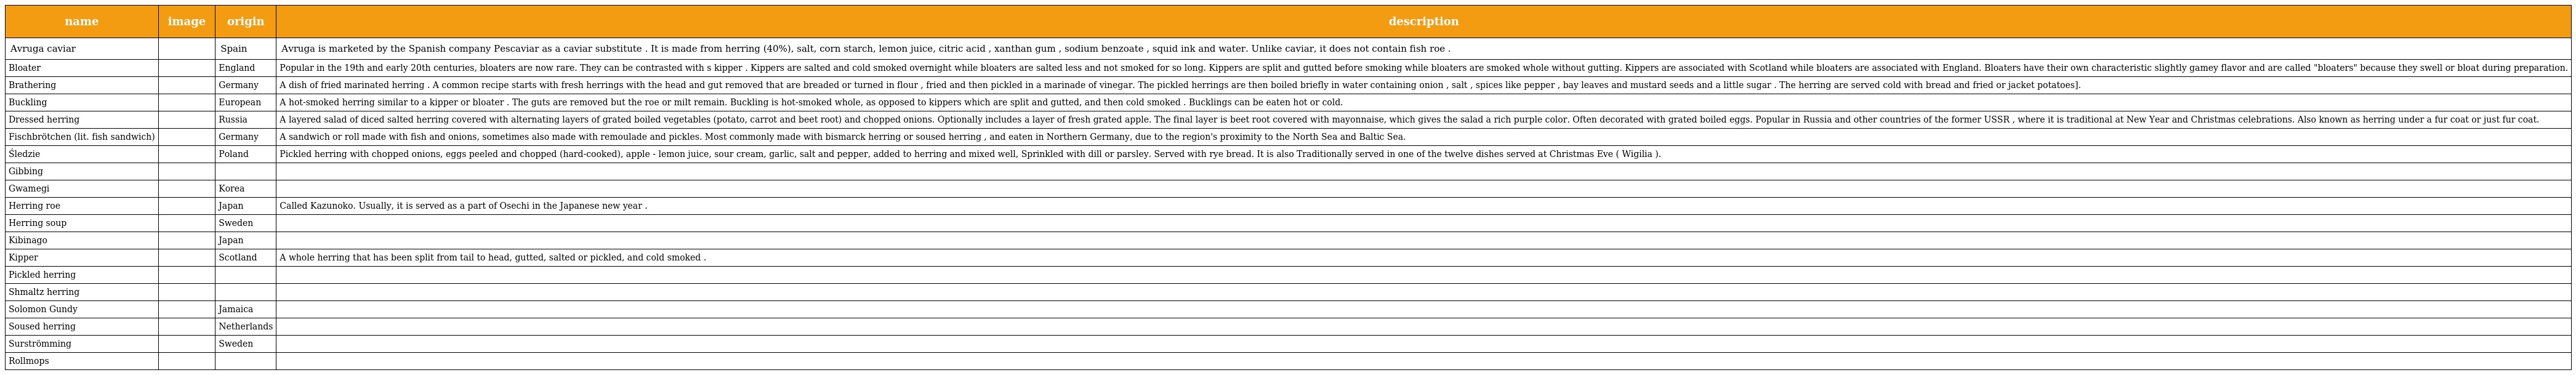
| name | image | origin | description |
 | --- | --- | --- | --- |
 | Avruga caviar |  | Spain | Avruga is marketed by the Spanish company Pescaviar as a caviar substitute . It is made from herring (40%), salt, corn starch, lemon juice, citric acid , xanthan gum , sodium benzoate , squid ink and water. Unlike caviar, it does not contain fish roe . |
 | Bloater |  | England | Popular in the 19th and early 20th centuries, bloaters are now rare. They can be contrasted with s kipper . Kippers are salted and cold smoked overnight while bloaters are salted less and not smoked for so long. Kippers are split and gutted before smoking while bloaters are smoked whole without gutting. Kippers are associated with Scotland while bloaters are associated with England. Bloaters have their own characteristic slightly gamey flavor and are called "bloaters" because they swell or bloat during preparation. |
 | Brathering |  | Germany | A dish of fried marinated herring . A common recipe starts with fresh herrings with the head and gut removed that are breaded or turned in flour , fried and then pickled in a marinade of vinegar. The pickled herrings are then boiled briefly in water containing onion , salt , spices like pepper , bay leaves and mustard seeds and a little sugar . The herring are served cold with bread and fried or jacket potatoes]. |
 | Buckling |  | European | A hot-smoked herring similar to a kipper or bloater . The guts are removed but the roe or milt remain. Buckling is hot-smoked whole, as opposed to kippers which are split and gutted, and then cold smoked . Bucklings can be eaten hot or cold. |
 | Dressed herring |  | Russia | A layered salad of diced salted herring covered with alternating layers of grated boiled vegetables (potato, carrot and beet root) and chopped onions. Optionally includes a layer of fresh grated apple. The final layer is beet root covered with mayonnaise, which gives the salad a rich purple color. Often decorated with grated boiled eggs. Popular in Russia and other countries of the former USSR , where it is traditional at New Year and Christmas celebrations. Also known as herring under a fur coat or just fur coat. |
 | Fischbrötchen (lit. fish sandwich) |  | Germany | A sandwich or roll made with fish and onions, sometimes also made with remoulade and pickles. Most commonly made with bismarck herring or soused herring , and eaten in Northern Germany, due to the region's proximity to the North Sea and Baltic Sea. |
 | Śledzie |  | Poland | Pickled herring with chopped onions, eggs peeled and chopped (hard-cooked), apple - lemon juice, sour cream, garlic, salt and pepper, added to herring and mixed well, Sprinkled with dill or parsley. Served with rye bread. It is also Traditionally served in one of the twelve dishes served at Christmas Eve ( Wigilia ). |
 | Gibbing |  |  |  |
 | Gwamegi |  | Korea |  |
 | Herring roe |  | Japan | Called Kazunoko. Usually, it is served as a part of Osechi in the Japanese new year . |
 | Herring soup |  | Sweden |  |
 | Kibinago |  | Japan |  |
 | Kipper |  | Scotland | A whole herring that has been split from tail to head, gutted, salted or pickled, and cold smoked . |
 | Pickled herring |  |  |  |
 | Shmaltz herring |  |  |  |
 | Solomon Gundy |  | Jamaica |  |
 | Soused herring |  | Netherlands |  |
 | Surströmming |  | Sweden |  |
 | Rollmops |  |  |  |